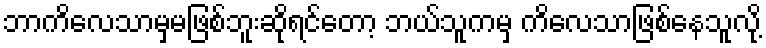
ဘာကိလေသာမှမဖြစ်ဘူးဆိုရင်တော့ ဘယ်သူကမှ ကိလေသာဖြစ်နေသူလို့